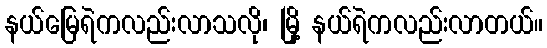
နယ်မြေရဲကလည်းလာသလို၊ မြို့ နယ်ရဲကလည်းလာတယ်။